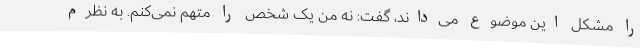
را مشکل این موضوع می‌داند، گفت: نه من یک شخص را متهم نمی‌کنم. به نظرم